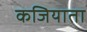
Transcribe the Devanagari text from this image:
कजियाता